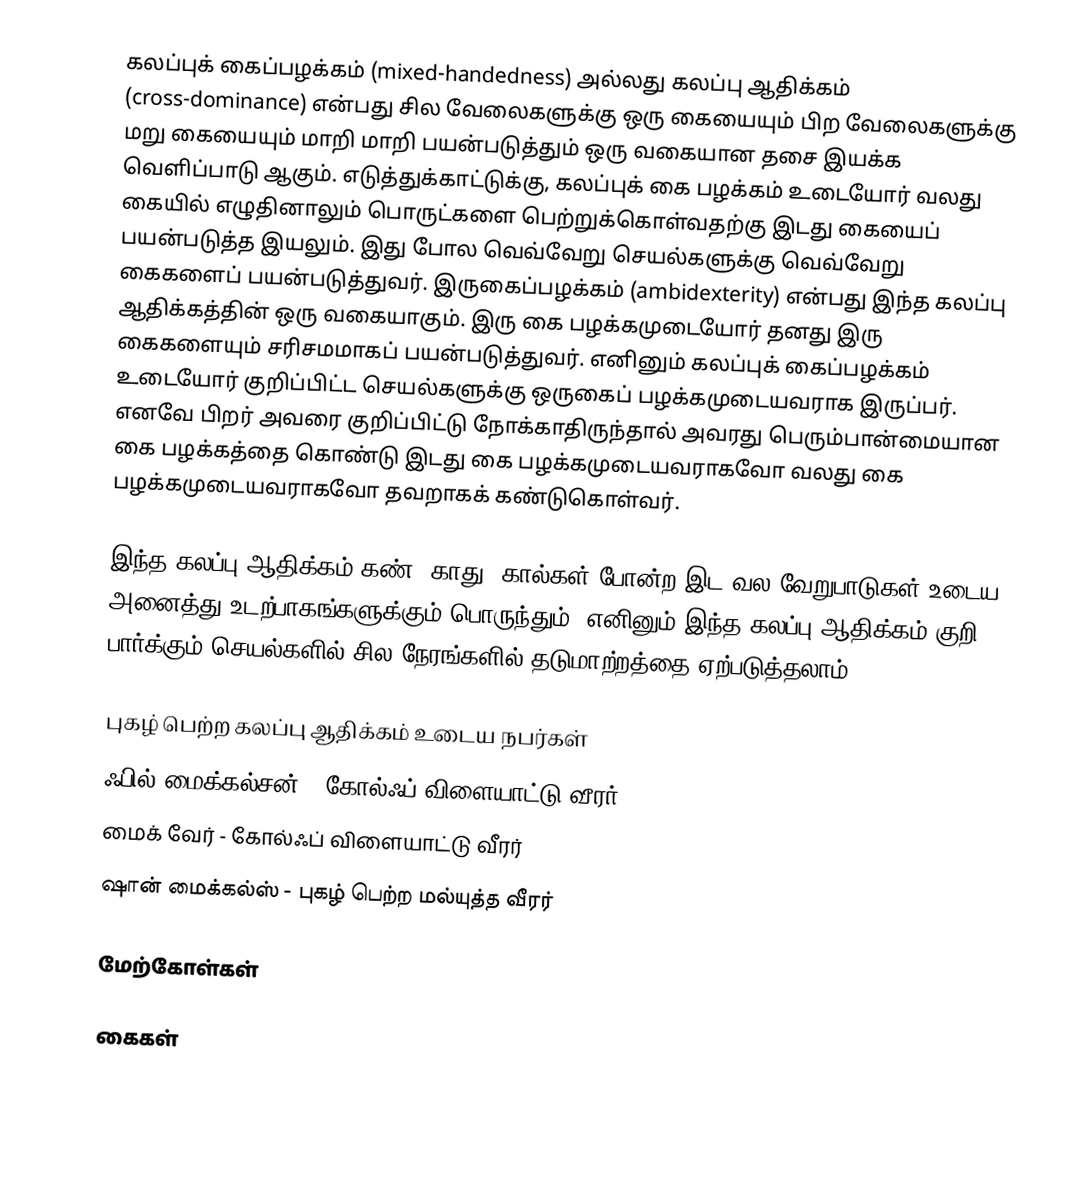
கலப்புக் கைப்பழக்கம் (mixed-handedness) அல்லது கலப்பு ஆதிக்கம் (cross-dominance) என்பது சில வேலைகளுக்கு ஒரு கையையும் பிற வேலைகளுக்கு மறு கையையும் மாறி மாறி பயன்படுத்தும் ஒரு வகையான தசை இயக்க வெளிப்பாடு ஆகும். எடுத்துக்காட்டுக்கு, கலப்புக் கை பழக்கம் உடையோர் வலது கையில் எழுதினாலும் பொருட்களை பெற்றுக்கொள்வதற்கு இடது கையைப் பயன்படுத்த இயலும். இது போல வெவ்வேறு செயல்களுக்கு வெவ்வேறு கைகளைப் பயன்படுத்துவர். இருகைப்பழக்கம் (ambidexterity) என்பது இந்த கலப்பு ஆதிக்கத்தின் ஒரு வகையாகும். இரு கை பழக்கமுடையோர் தனது இரு கைகளையும் சரிசமமாகப் பயன்படுத்துவர். எனினும் கலப்புக் கைப்பழக்கம் உடையோர் குறிப்பிட்ட செயல்களுக்கு ஒருகைப் பழக்கமுடையவராக இருப்பர். எனவே பிறர் அவரை குறிப்பிட்டு நோக்காதிருந்தால் அவரது பெரும்பான்மையான கை பழக்கத்தை கொண்டு இடது கை பழக்கமுடையவராகவோ வலது கை பழக்கமுடையவராகவோ தவறாகக் கண்டுகொள்வர்.

இந்த கலப்பு ஆதிக்கம் கண், காது, கால்கள் போன்ற இட-வல வேறுபாடுகள் உடைய அனைத்து உடற்பாகங்களுக்கும் பொருந்தும். எனினும் இந்த கலப்பு ஆதிக்கம் குறி பார்க்கும் செயல்களில் சில நேரங்களில் தடுமாற்றத்தை ஏற்படுத்தலாம்

புகழ் பெற்ற கலப்பு ஆதிக்கம் உடைய நபர்கள்
ஃபில் மைக்கல்சன் - கோல்ஃப் விளையாட்டு வீரர்
மைக் வேர் - கோல்ஃப் விளையாட்டு வீரர்
ஷான் மைக்கல்ஸ் - புகழ் பெற்ற மல்யுத்த வீரர்

மேற்கோள்கள்

கைகள்